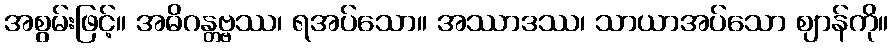
အစွမ်းဖြင့်။ အဓိဂန္တဗ္ဗဿ၊ ရအပ်သော။ အဿာဒဿ၊ သာယာအပ်သော ဈာန်ကို။